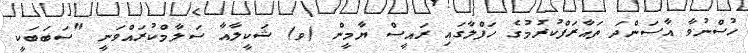
ހުސްނުވާ އާސަންދަ ތައާރަފްކުރުމުގެ ހަފްލާގައި ރައީސް ޔާމީން (ވ) ޝަކީލާއާ ސަލާމްކުރައްވަނީ "ސަބަބަކީ